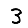
Digit: 3